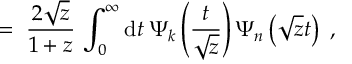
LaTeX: = \; \frac { 2 \sqrt { z } } { 1 + z } \, \int _ { 0 } ^ { \infty } \mathrm { d } t \: \Psi _ { k } \left( \frac { t } { \sqrt { z } } \right) \Psi _ { n } \left( \sqrt { z } t \right) \; ,